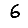
Digit: 6